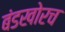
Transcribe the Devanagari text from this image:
बंडखोरच